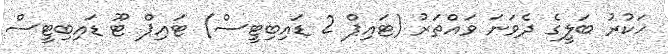
ހަކުރު ބަލީގެ ދެވަނަ ވައްތަރު (ޓައިޕް 2 ޑައިބިޓީސް) ޓައިޕް ޓޫ ޑައިބިޓީސް